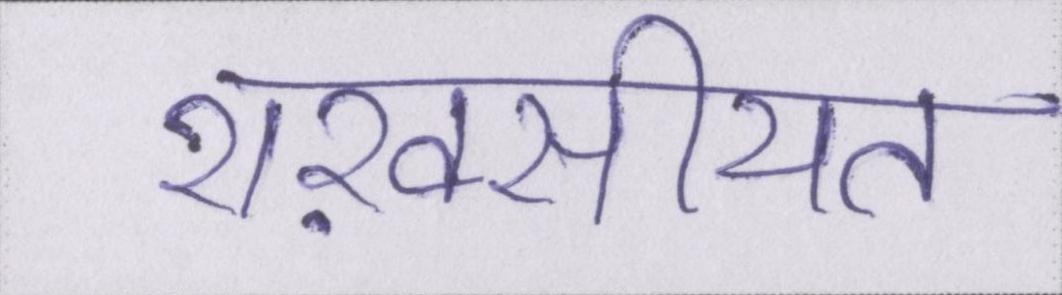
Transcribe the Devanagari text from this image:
शख़सीयत